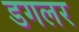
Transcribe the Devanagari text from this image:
डगलर